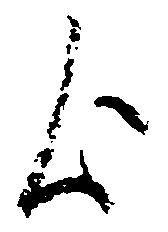
歟